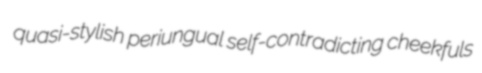
quasi-stylish periungual self-contradicting cheekfuls